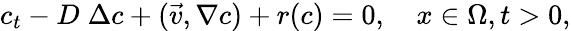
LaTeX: c_{t}-D\; \Delta c+(\vec{v},\nabla c)+r(c)=0,\quad x\in\Omega,t>0,